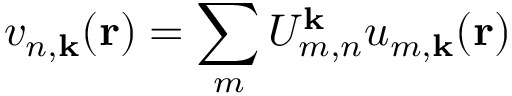
v _ { n , \mathbf { k } } ( \mathbf { r } ) = \sum _ { m } U _ { m , n } ^ { \mathbf { k } } u _ { m , \mathbf { k } } ( \mathbf { r } )